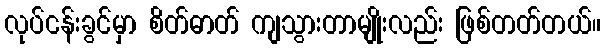
လုပ်ငန်းခွင်မှာ စိတ်ဓာတ် ကျသွားတာမျိုးလည်း ဖြစ်တတ်တယ်။